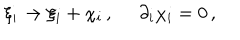
\xi _ { i } \to \xi _ { i } + \chi _ { i } \, , \, \, \, \, \, \, \, \, \partial _ { i } \chi _ { i } = 0 \, ,